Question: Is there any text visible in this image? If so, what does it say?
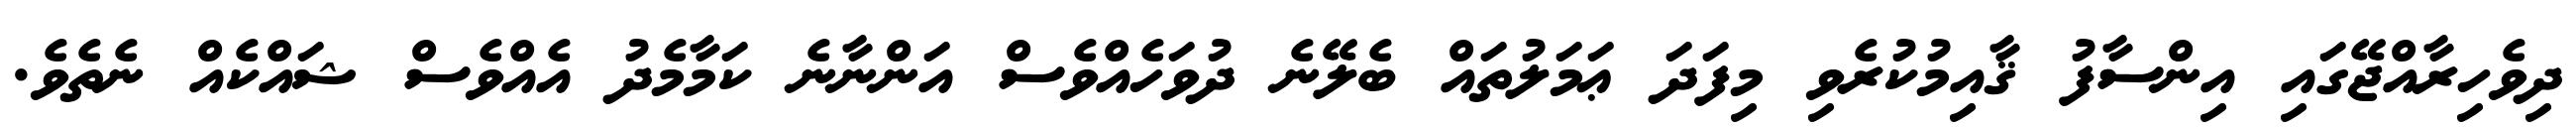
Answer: ދިވެހިރާއްޖޭގައި އިންސާފު ޤާއިމުކުރެވި މިފަދަ ޢަމަލުތައް ބެލޭނެ ދުވަހެއްވެސް އަންނާނެ ކަމާމެދު އެއްވެސް ޝައްކެއް ނެތެވެ.